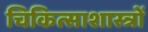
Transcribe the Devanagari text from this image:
चिकित्साशास्त्रों